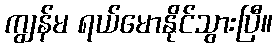
ကျွန်မ ရယ်မောနိုင်သွားပြီ။